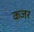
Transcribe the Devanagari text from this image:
कजर